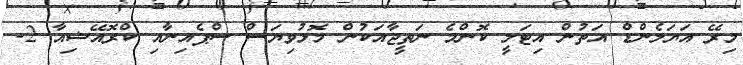
މިރޭ އަޔަލެންޑް އަތުން އިޓަލީ ކޮންމެ ނަތީޖާއަކުން މޮޅުވިޔަސް ސްޕެއިނާއި ކްރޮއޭޝިއާ 2-